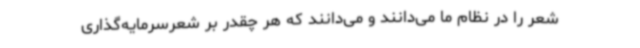
شعر را در نظام ما می‌دانند و می‌دانند که هر چقدر بر شعرسرمایه‌گذاری